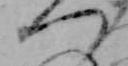
つ